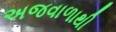
અજવાળાથી